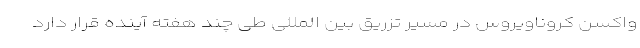
واکسن کروناویروس در مسیر تزریق بین المللی طی چند هفته آینده قرار دارد